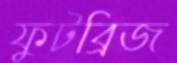
ফুটব্রিজ